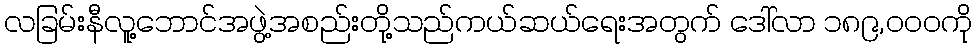
လခြမ်းနီလူ့ဘောင်အဖွဲ့အစည်းတို့သည်ကယ်ဆယ်ရေးအတွက် ဒေါ်လာ ၁၈၉,၀၀၀ကို